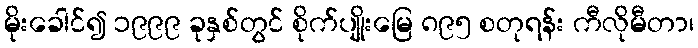
မိုးခေါင်၍ ၁၉၉၉ ခုနှစ်တွင် စိုက်ပျိုးမြေ ၈၉၅ စတုရန်း ကီလိုမီတာ၊